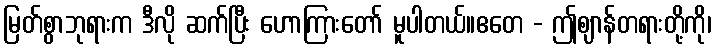
မြတ်စွာဘုရားက ဒီလို ဆက်ပြီး ဟောကြားတော် မူပါတယ်။ဧတေ - ဤဈာန်တရားတို့ကို၊